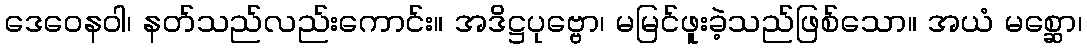
ဒေဝေနဝါ၊ နတ်သည်လည်းကောင်း။ အဒိဋ္ဌပုဗ္ဗော၊ မမြင်ဖူးခဲ့သည်ဖြစ်သော။ အယံ မစ္ဆော၊